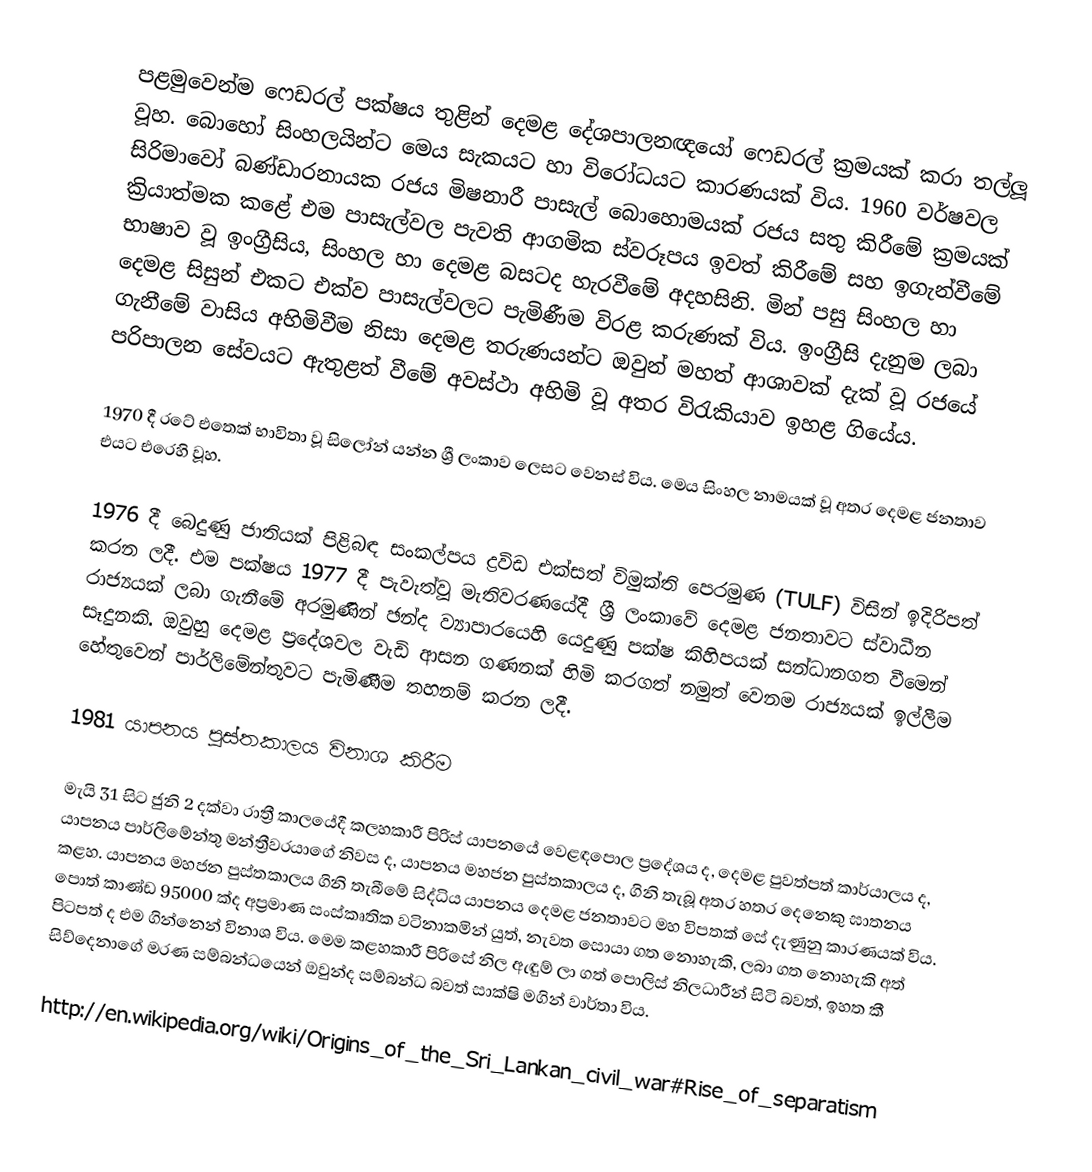
පළමුවෙන්ම ෆෙඩරල් පක්ෂය තුළින් දෙමළ දේශපාලනඥයෝ ෆෙඩරල් ක්‍රමයක් කරා තල්ලූ වූහ. බොහෝ සිංහලයින්ට මෙය සැකයට හා විරෝධයට කාරණයක් විය. 1960 වර්ෂවල සිරිමාවෝ බණ්ඩාරනායක රජය මිෂනාරී පාසැල් බොහොමයක් රජය සතු කිරීමේ ක්‍රමයක් ක්‍රියාත්මක කළේ එම පාසැල්වල පැවති ආගමික ස්වරූපය ඉවත් කිරීමේ සහ ඉගැන්වීමේ භාෂාව වූ ඉංග්‍රීසිය,  සිංහල හා දෙමළ බසටද හැරවීමේ අදහසිනි. මින් පසු සිංහල හා දෙමළ සිසුන් එකට එක්ව පාසැල්වලට  පැමිණීම විරළ කරුණක් විය. ඉංග්‍රීසි දැනුම ලබා ගැනීමේ වාසිය අහිමිවීම නිසා දෙමළ තරුණයන්ට ඔවුන් මහත් ආශාවක් දැක් වූ රජයේ පරිපාලන සේවයට ඇතුළත් වීමේ අවස්ථා අහිමි වූ අතර විරැකියාව ඉහළ ගියේය.

1970 දී රටේ එතෙක් භාවිතා වූ සිලෝන් යන්න ශ්‍රී ලංකාව ලෙසට වෙනස් විය. මෙය සිංහල නාමයක් වූ අතර දෙමළ ජනතාව එයට එරෙහි වූහ.

1976 දී බෙදුණු ජාතියක් පිළිබඳ සංකල්පය ද්‍රවිඩ එක්සත් විමුක්ති පෙරමුණ (TULF) විසින් ඉදිරිපත් කරන ලදී. එම පක්ෂය 1977 දී පැවැත්වූ මැතිවරණයේදී ශ්‍රී ලංකාවේ දෙමළ ජනතාවට ස්වාධීන රාජ්‍යයක් ලබා ගැනීමේ අරමුණින් ඡන්ද ව්‍යාපාරයෙහි යෙදුණු පක්ෂ කිහිපයක් සන්ධානගත වීමෙන් සෑදුනකි. ඔවුහු දෙමළ ප්‍රදේශවල වැඩි ආසන ගණනක් හිමි කරගත් නමුත් වෙනම රාජ්‍යයක් ඉල්ලීම හේතුවෙන් පාර්ලිමේන්තුවට පැමිණීම තහනම් කරන ලදී.

1981 යාපනය පුස්තකාලය විනාශ කිරීම

මැයි 31 සිට ජුනි 2 දක්වා රාත්‍රී කාලයේදී කලහකාරී පිරිස් යාපනයේ වෙළඳපොල ප්‍රදේශය ද, දෙමළ පුවත්පත් කාර්යාලය ද, යාපනය පාර්ලිමේන්තු මන්ත්‍රීවරයාගේ නිවස ද, යාපනය මහජන පුස්තකාලය ද, ගිනි තැබූ අතර හතර දෙනෙකු ඝාතනය කළහ. යාපනය මහජන පුස්තකාලය ගිනි තැබීමේ සිද්ධිය යාපනය දෙමළ ජනතාවට මහ විපතක් සේ දැණුනු කාරණයක් විය. පොත් කාණ්ඩ 95000 ක්ද අප්‍රමාණ සංස්කෘතික වටිනාකමින් යුත්, නැවත සොයා ගත නොහැකි, ලබා ගත නොහැකි අත් පිටපත් ද එම ගින්නෙන් විනාශ විය. මෙම කළහකාරී පිරිසේ නිල ඇඳුම් ලා ගත් පොලිස් නිලධාරීන් සිටි බවත්, ඉහත කී සිව්දෙනාගේ මරණ සම්බන්ධයෙන් ඔවුන්ද සම්බන්ධ බවත් සාක්ෂි මගින් වාර්තා විය.

http://en.wikipedia.org/wiki/Origins_of_the_Sri_Lankan_civil_war#Rise_of_separatism